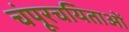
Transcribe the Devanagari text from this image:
चंपूरचयिताओं